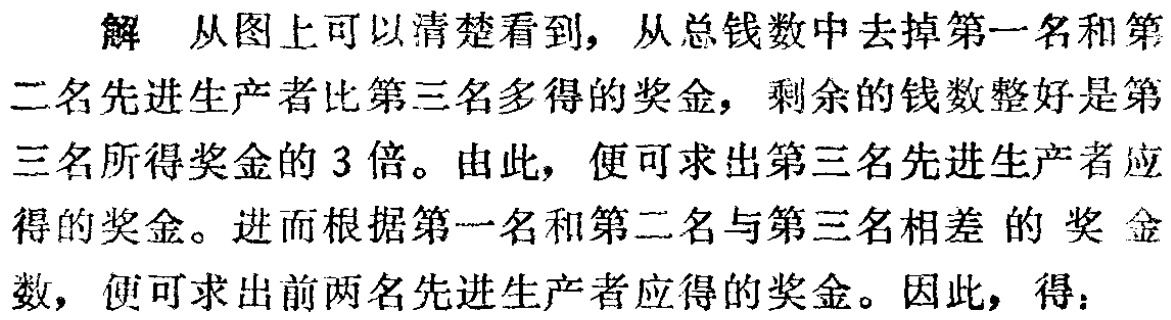
解 从图上可以清楚看到，从总钱数中去掉第一名和第
二名先进生产者比第三名多得的奖金，剩余的钱数整好是第
三名所得奖金的 3 倍。由此，便可求出第三名先进生产者应
得的奖金。进而根据第一名和第二名与第三名相差 的 奖 金
数，便可求出前两名先进生产者应得的奖金。因此，得：